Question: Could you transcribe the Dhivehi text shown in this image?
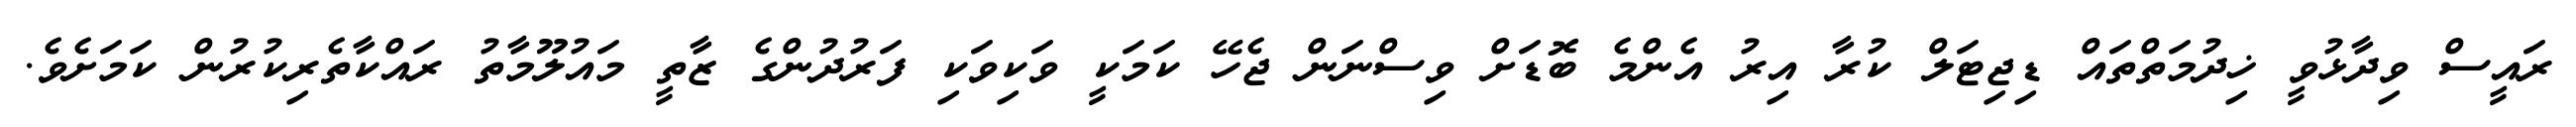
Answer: ރައީސް ވިދާޅުވީ ޚިދުމަތްތައް ޑިޖިޓަލް ކުރާ އިރު އެންމެ ބޮޑަށް ވިސްނަން ޖެހޭ ކަމަކީ ވަކިވަކި ފަރުދުންގެ ޒާތީ މައުލޫމާތު ރައްކާތެރިކުރުން ކަމަށެވެ.